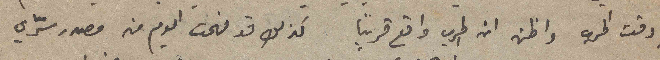
في وقت الحرب واظن ان الحرب واقع قريباً كذلك قد فهمت اليوم من مصدر سرّي